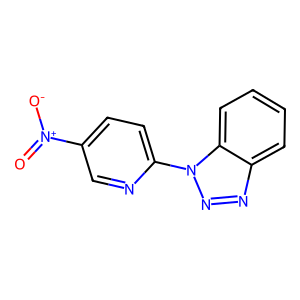
SMILES: O=[N+]([O-])c1ccc(-n2nnc3ccccc32)nc1
Inhibits HIV replication: No